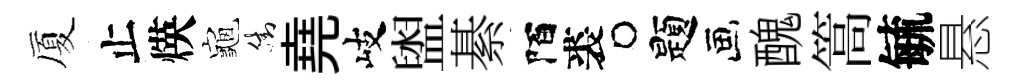
厦止煐龜街堯岐盥綦陌裘题醜篙毓悬